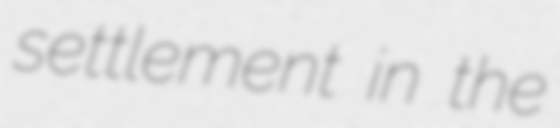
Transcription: settlement in the